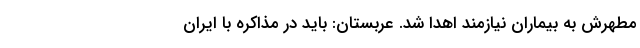
مطهرش به بیماران نیازمند اهدا شد. عربستان: باید در مذاکره با ایران